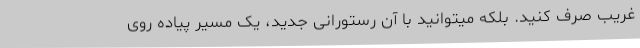
غریب صرف کنید. بلکه میتوانید با آن رستورانی جدید، یک مسیر پیاده روی